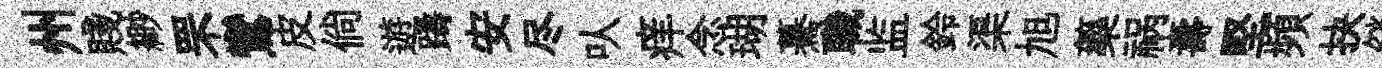
州賤緲罘鸞皮倘遊躊安尽㕥痒念瑚驀職监鈴渠旭藥祸夀堅頻抉燄